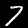
Label: 7